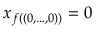
x _ { f ( \left( 0 , \ldots , 0 \right) ) } = 0